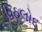
વિઠલોદ